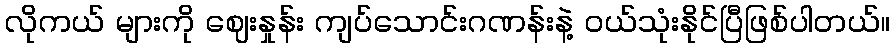
လိုကယ် များကို ဈေးနှုန်း ကျပ်သောင်းဂဏန်းနဲ့ ဝယ်သုံးနိုင်ပြီဖြစ်ပါတယ်။